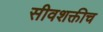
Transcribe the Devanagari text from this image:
सीवशक्तीच